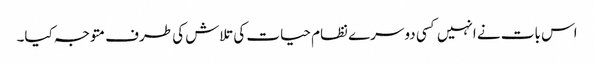
اس بات نے انہیں کسی دوسرے نظام حیات کی تلاش کی طرف متوجہ کیا۔